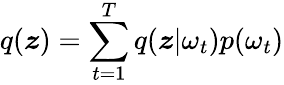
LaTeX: q(\boldsymbol{z})=\sum_{t=1}^{T}q(\boldsymbol{z}|\omega_{t})p(\omega_{t})